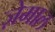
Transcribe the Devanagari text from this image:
ज़ेमाल